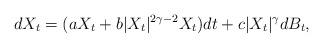
LaTeX: \begin{align*}dX_t=(aX_t+b|X_t|^{2\gamma-2} X_t)dt+c|X_t|^\gamma dB_t,\end{align*}